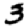
Digit: 3